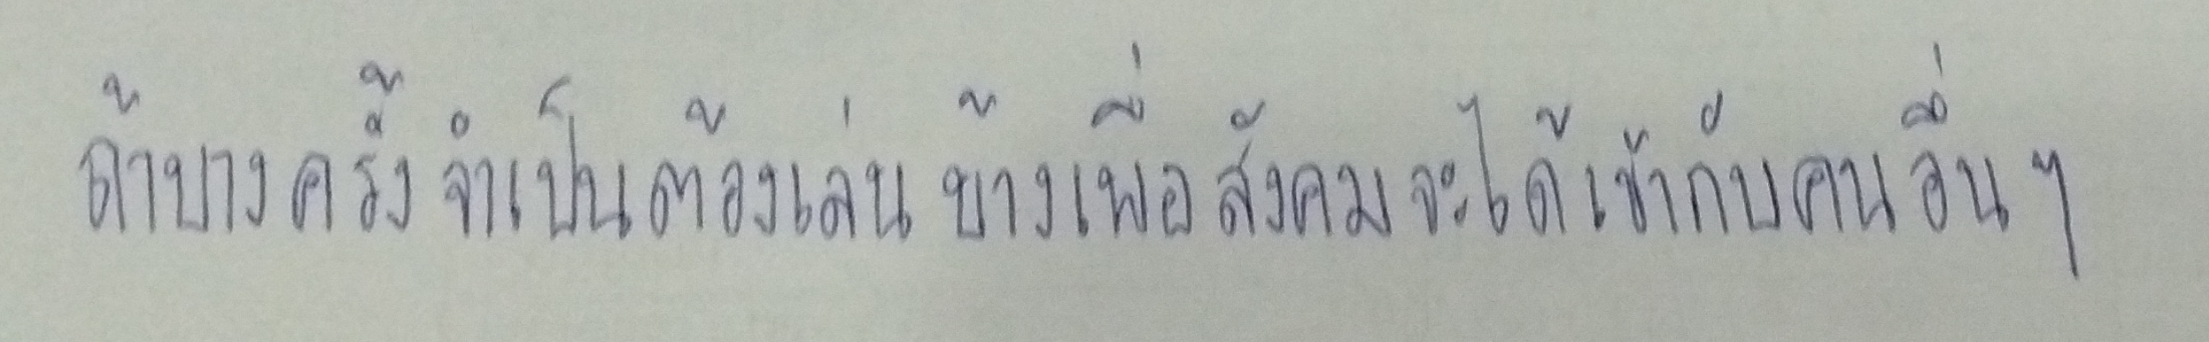
ถ้าบางครั้งจำเป็นต้องเล่นบ้างเพื่อสังคมจะได้เข้ากับคนอื่นๆ